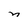
Character: n